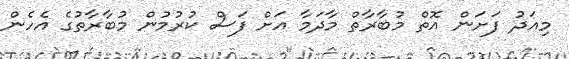
މިއަދު ފަށަން އޮތް މުބާރާތް މާދަމާ އަށް ފަސް ކުރުމުން މުބާރާތުގެ އެހެން